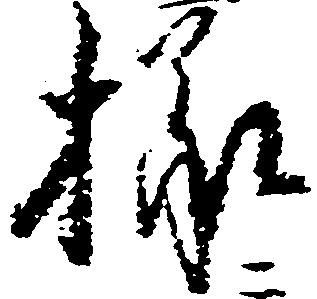
様